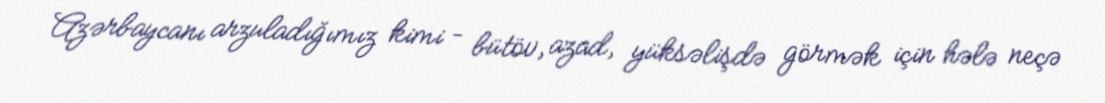
Azərbaycanı arzuladığımız kimi – bütöv, azad, yüksəlişdə görmək için hələ neçə